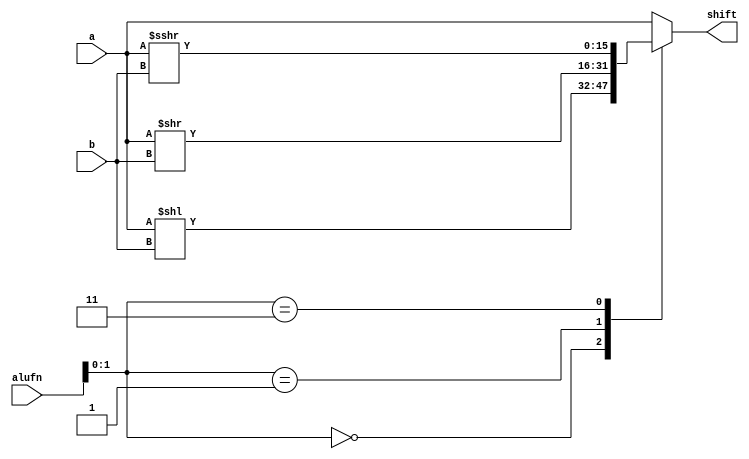
/*
   This file was generated automatically by the Mojo IDE version B1.3.6.
   Do not edit this file directly. Instead edit the original Lucid source.
   This is a temporary file and any changes made to it will be destroyed.
*/

module shift16_25 (
    input [3:0] alufn,
    input [15:0] a,
    input [4:0] b,
    output reg [15:0] shift
  );
  
  
  
  always @* begin
    
    case ({alufn[1+0-:1], alufn[0+0-:1]})
      2'h0: begin
        shift = a << b;
      end
      2'h1: begin
        shift = a >> b;
      end
      2'h3: begin
        shift = $signed(a) >>> b;
      end
      default: begin
        shift = a;
      end
    endcase
  end
endmodule